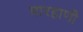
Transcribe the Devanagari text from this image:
मारहाणी